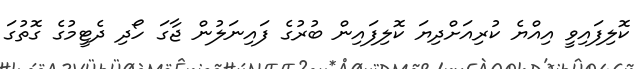
ކޮލިފައިވީ އިއްޔެ ކުރިއަށްދިޔަ ކޮލިފައިން ބުރުގެ ފައިނަލުން ޖާގަ ހޯދި ދެޓީމުގެ ގޮތުގަ